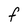
Character: F